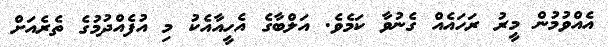
އެއްވުމުން މީރު ރަހައެއް ގެނުވާ ކަމެވެ. އަލްބާގެ އެހީއާއެކު މި އުފެއްދުމުގެ ތެރެއަށް